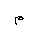
Letter: _mim